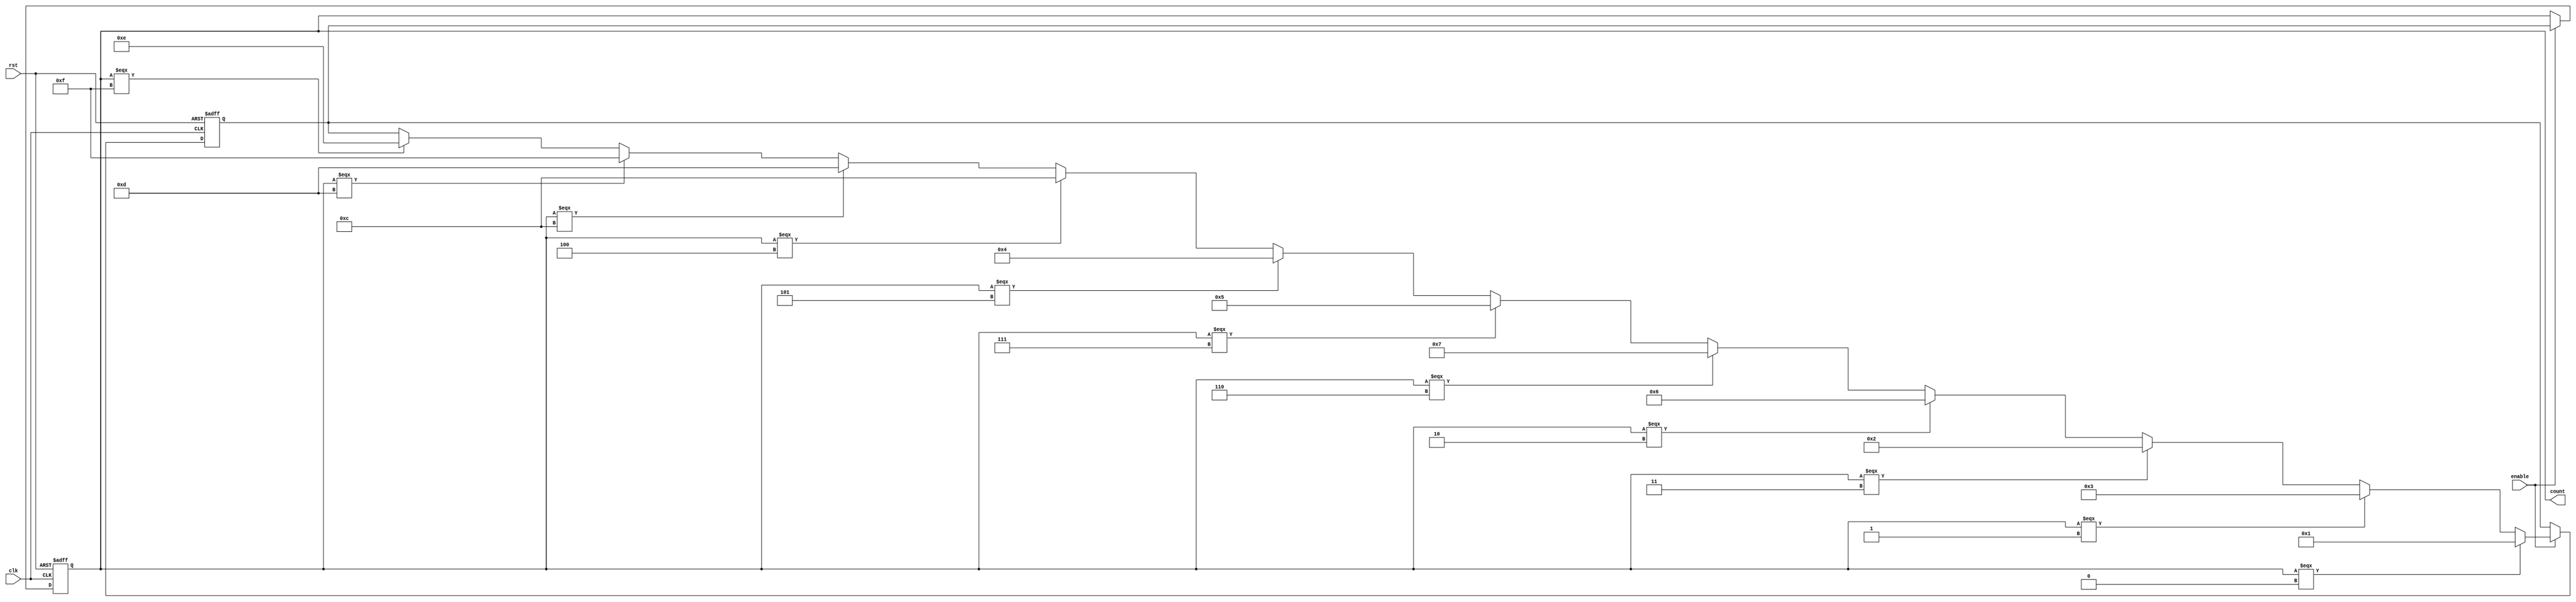
module gray_code_counter (
  input wire clk,
  input wire rst,
  input wire enable,
  output reg [3:0] count
);

reg [3:0] next_count;

always @ (posedge clk or posedge rst) begin
  if (rst) begin
    count <= 4'b0000;
    next_count <= 4'b0000;
  end else if (enable) begin
    count <= next_count;
    if (count === 4'b0000) begin
      next_count <= 4'b0001;
    end else if (count === 4'b0001) begin
      next_count <= 4'b0011;
    end else if (count === 4'b0011) begin
      next_count <= 4'b0010;
    end else if (count === 4'b0010) begin
      next_count <= 4'b0110;
    end else if (count === 4'b0110) begin
      next_count <= 4'b0111;
    end else if (count === 4'b0111) begin
      next_count <= 4'b0101;
    end else if (count === 4'b0101) begin
      next_count <= 4'b0100;
    end else if (count === 4'b0100) begin
      next_count <= 4'b1100;
    end else if (count === 4'b1100) begin
      next_count <= 4'b1101;
    end else if (count === 4'b1101) begin
      next_count <= 4'b1111;
    end else if (count === 4'b1111) begin
      next_count <= 4'b1110;
    end
  end
end

endmodule